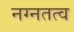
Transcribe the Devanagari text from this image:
नग्नतत्व